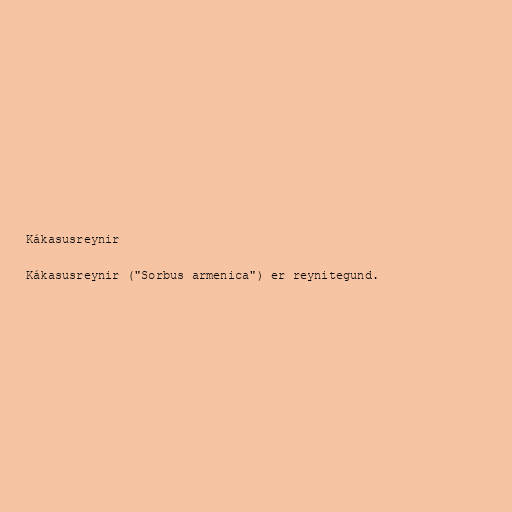
Kákasusreynir

Kákasusreynir ("Sorbus armenica") er reynitegund.